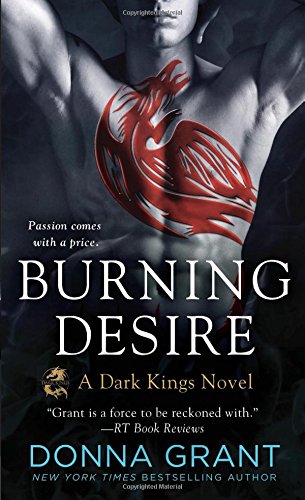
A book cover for Burning Desire (Dark Kings); Donna Grant; Literature & Fiction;